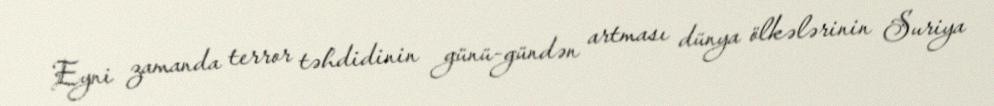
Eyni zamanda terror təhdidinin günü-gündən artması dünya ölkələrinin Suriya